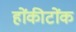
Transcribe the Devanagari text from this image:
होंकीटोंक